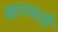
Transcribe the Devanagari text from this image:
खानकाही